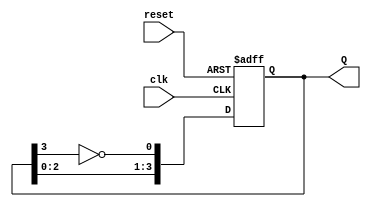
module JohnsonCounter (
    input wire clk,      // Clock input
    input wire reset,    // Asynchronous reset
    output reg [3:0] Q   // 4-bit output representing the state of the counter
);

// Always block for the Johnson counter
always @(posedge clk or posedge reset) begin
    if (reset) begin
        // Reset state
        Q <= 4'b0000;
    end else begin
        // Johnson counter logic
        Q <= {Q[2:0], ~Q[3]};
    end
end

endmodule